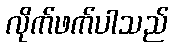
လိုက်ဖက်ပါသည်